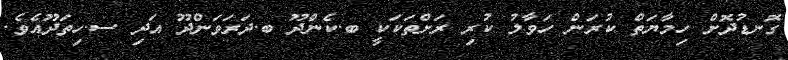
ގޮނޑުދޮށް ހިމާޔަތް ކުރަން ހަވާލު ކުރި ރަށްތަކަކީ ބ.ކެންދޫ ބ.ދަރަވަންދޫ އަދި ސ.ހިތަދޫއެވެ.